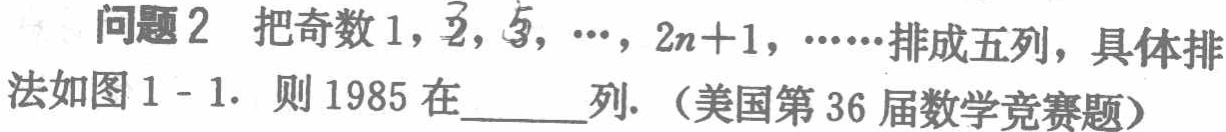
问题2 把奇数1，3，5，…，\(2n + 1\)，……排成五列，具体排法如图1 - 1. 则1985在______列.（美国第36届数学竞赛题）